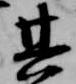
其